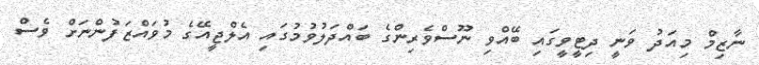
ނާޒިމް މިއަދު ވަނީ ދިޓީވީގައި ބޭއްވި ނޫސްވެރިންގެ ބައްދަލުވުމުގައި އެލްޖީއޭގެ މުވައްޒަފުންނަށް ވެސް